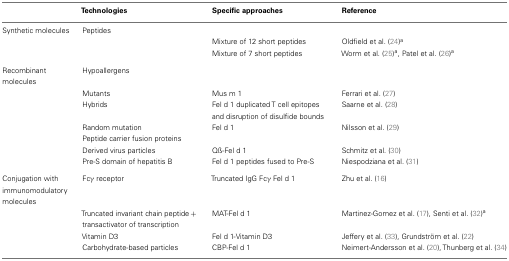
<table><thead><tr><td></td><td><b>Technologies</b></td><td><b>Specific approaches</b></td><td><b>Reference</b></td></tr></thead><tbody><tr><td>Synthetic molecules</td><td>Peptides</td></tr><tr><td></td><td></td><td>Mixture of 12 short peptides</td><td>Oldfield et al. (24)<sup>a</sup></td></tr><tr><td></td><td></td><td>Mixture of 7 short peptides</td><td>Worm et al. (25)<sup>a</sup>, Patel et al. (26)<sup>a</sup></td></tr><tr><td>Recombinant molecules</td><td>Hypoallergens</td></tr><tr><td></td><td>Mutants</td><td>Mus m 1</td><td>Ferrari et al. (27)</td></tr><tr><td></td><td>Hybrids</td><td>Fel d 1 duplicated T cell epitopes and disruption of disulfide bounds</td><td>Saarne et al. (28)</td></tr><tr><td></td><td>Random mutation</td><td>Fel d 1</td><td>Nilsson et al. (29)</td></tr><tr><td></td><td>Peptide carrier fusion proteins</td></tr><tr><td></td><td>Derived virus particles</td><td>Qß-Fel d 1</td><td>Schmitz et al. (30)</td></tr><tr><td></td><td>Pre-S domain of hepatitis B</td><td>Fel d 1 peptides fused to Pre-S</td><td>Niespodziana et al. (31)</td></tr><tr><td>Conjugation with immunomodulatory molecules</td><td>Fcγ receptor</td><td>Truncated IgG Fcγ Fel d 1</td><td>Zhu et al. (16)</td></tr><tr><td></td><td>Truncated invariant chain peptide + transactivator of transcription</td><td>MAT-Fel d 1</td><td>Martinez-Gomez et al. (17), Senti et al. (32)<sup>a</sup></td></tr><tr><td></td><td>Vitamin D3</td><td>Fel d 1-Vitamin D3</td><td>Jeffery et al. (33), Grundström et al. (22)</td></tr><tr><td></td><td>Carbohydrate-based particles</td><td>CBP-Fel d 1</td><td>Neimert-Andersson et al. (20), Thunberg et al. (34)</td></tr></tbody></table>